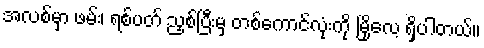
အလစ်မှာ ဖမ်း၊ ရစ်ပတ် ညှစ်ပြီးမှ တစ်ကောင်လုံးကို မြိုလေ့ ရှိပါတယ်။